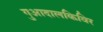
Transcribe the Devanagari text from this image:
गुआदालकिविर